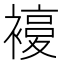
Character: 𧜰